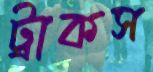
ট্রাকস